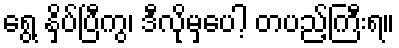
ရွေ့ နှိပ်ပြီကွ၊ ဒီလိုမှပေါ့ တပည့်ကြီးရ။